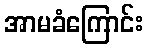
အာမခံကြောင်း